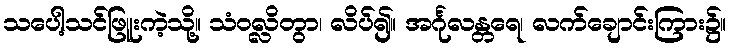
သပေါ့သင်ဖြူးကဲ့သို့။ သံဝလ္လိတွာ၊ လိပ်၍။ အင်္ဂုလန္တရေ၊ လက်ချောင်းကြား၌။